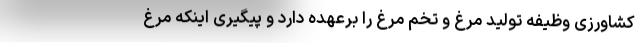
کشاورزی وظیفه تولید مرغ و تخم مرغ را برعهده دارد و پیگیری اینکه مرغ